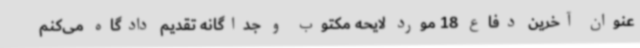
عنوان آخرین دفاع 18 مورد لایحه مکتوب و جداگانه تقدیم دادگاه می‌کنم